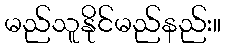
မည်သူနိုင်မည်နည်း။